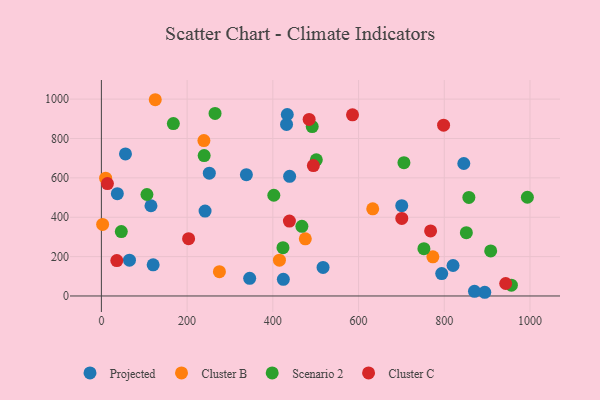
{"axis": {"x": "Ad Spend", "y": "Rating"}, "legend": ["Cluster B", "Cluster C", "Projected", "Scenario 2"], "data": [{"x": "820.5", "y": 154.7, "type": "Projected"}, {"x": "65.5", "y": 181.7, "type": "Projected"}, {"x": "894.5", "y": 18.8, "type": "Projected"}, {"x": "251.8", "y": 624.1, "type": "Projected"}, {"x": "346.0", "y": 89.9, "type": "Projected"}, {"x": "700.8", "y": 458.8, "type": "Projected"}, {"x": "517.2", "y": 145.1, "type": "Projected"}, {"x": "37.2", "y": 519.9, "type": "Projected"}, {"x": "432.0", "y": 871.6, "type": "Projected"}, {"x": "56.2", "y": 721.5, "type": "Projected"}, {"x": "845.6", "y": 673.1, "type": "Projected"}, {"x": "120.8", "y": 158.5, "type": "Projected"}, {"x": "338.3", "y": 616.3, "type": "Projected"}, {"x": "870.5", "y": 23.4, "type": "Projected"}, {"x": "794.0", "y": 113.7, "type": "Projected"}, {"x": "115.7", "y": 458.4, "type": "Projected"}, {"x": "241.9", "y": 431.5, "type": "Projected"}, {"x": "433.7", "y": 921.9, "type": "Projected"}, {"x": "424.5", "y": 84.5, "type": "Projected"}, {"x": "439.2", "y": 608.0, "type": "Projected"}, {"x": "125.7", "y": 997.0, "type": "Cluster B"}, {"x": "415.4", "y": 181.7, "type": "Cluster B"}, {"x": "275.4", "y": 123.6, "type": "Cluster B"}, {"x": "633.1", "y": 442.7, "type": "Cluster B"}, {"x": "9.9", "y": 598.6, "type": "Cluster B"}, {"x": "2.9", "y": 363.5, "type": "Cluster B"}, {"x": "773.4", "y": 198.8, "type": "Cluster B"}, {"x": "475.8", "y": 290.3, "type": "Cluster B"}, {"x": "239.2", "y": 789.6, "type": "Cluster B"}, {"x": "265.2", "y": 927.4, "type": "Scenario 2"}, {"x": "106.3", "y": 515.5, "type": "Scenario 2"}, {"x": "491.9", "y": 860.7, "type": "Scenario 2"}, {"x": "501.5", "y": 691.9, "type": "Scenario 2"}, {"x": "752.5", "y": 240.1, "type": "Scenario 2"}, {"x": "467.8", "y": 354.0, "type": "Scenario 2"}, {"x": "705.9", "y": 677.2, "type": "Scenario 2"}, {"x": "46.5", "y": 327.4, "type": "Scenario 2"}, {"x": "908.3", "y": 229.1, "type": "Scenario 2"}, {"x": "402.3", "y": 511.8, "type": "Scenario 2"}, {"x": "239.8", "y": 713.1, "type": "Scenario 2"}, {"x": "851.5", "y": 321.6, "type": "Scenario 2"}, {"x": "956.6", "y": 54.8, "type": "Scenario 2"}, {"x": "993.9", "y": 501.6, "type": "Scenario 2"}, {"x": "167.9", "y": 875.6, "type": "Scenario 2"}, {"x": "857.4", "y": 500.7, "type": "Scenario 2"}, {"x": "423.7", "y": 245.3, "type": "Scenario 2"}, {"x": "943.3", "y": 63.4, "type": "Cluster C"}, {"x": "768.1", "y": 330.4, "type": "Cluster C"}, {"x": "438.7", "y": 380.6, "type": "Cluster C"}, {"x": "203.5", "y": 291.1, "type": "Cluster C"}, {"x": "484.7", "y": 897.0, "type": "Cluster C"}, {"x": "36.0", "y": 179.8, "type": "Cluster C"}, {"x": "798.4", "y": 867.5, "type": "Cluster C"}, {"x": "585.9", "y": 920.1, "type": "Cluster C"}, {"x": "700.9", "y": 394.1, "type": "Cluster C"}, {"x": "494.6", "y": 662.6, "type": "Cluster C"}, {"x": "14.1", "y": 570.8, "type": "Cluster C"}]}